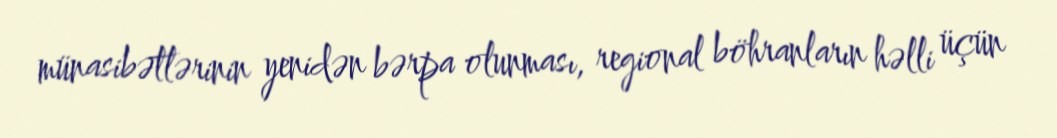
münasibətlərinin yenidən bərpa olunması, regional böhranların həlli üçün